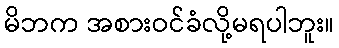
မိဘက အစားဝင်ခံလို့မရပါဘူး။